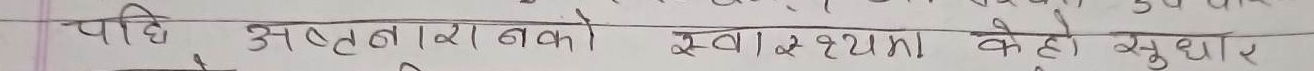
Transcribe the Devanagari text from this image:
यदि अष्टतारा बको स्वास्थ्यमा केही सुधार